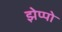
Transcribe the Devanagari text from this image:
झेप्पो